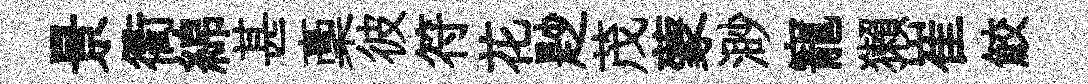
景衢綿甚稾彼符花尟茂蒙渺寵獺崔鮫